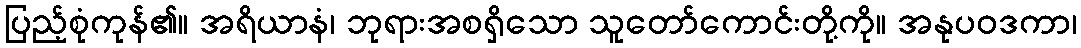
ပြည့်စုံကုန်၏။ အရိယာနံ၊ ဘုရားအစရှိသော သူတော်ကောင်းတို့ကို။ အနုပဝဒကာ၊